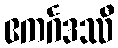
ဧကင်္ဂဒဿီ